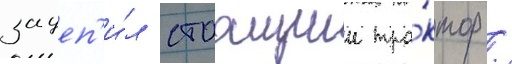
зацеп'и́л стоащии тра́ктор /